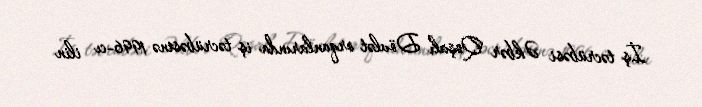
İş təcrübəsi Əkbər Qoşalı Dövlət orqanlarında iş təcrübəsinə 1996-cı ilin